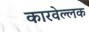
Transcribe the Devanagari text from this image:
कारवेल्लक